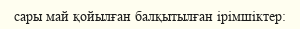
сары май қойылған балқытылған ірімшіктер: